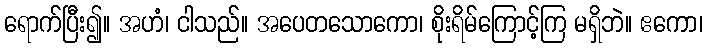
ရောက်ပြီး၍။ အဟံ၊ ငါသည်။ အပေတသောကော၊ စိုးရိမ်ကြောင့်ကြ မရှိဘဲ။ ဧကော၊